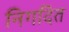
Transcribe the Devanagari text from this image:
निगदित